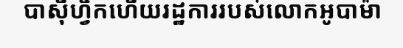
បាស៊ីហ្វិកហើយរដ្ឋការរបស់លោកអូបាម៉ា